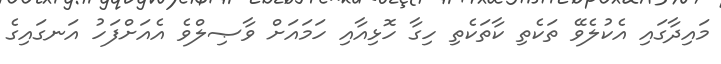
މައިދާގައި އެކުލެވޭ ތަކެތި ކާތަކެތި ހިގާ ހޮޅިއާއި ހަމައަށް ވާޞިލްވެ އެއަށްފަހު އަނގައިގެ